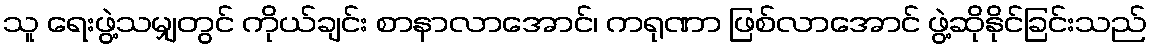
သူ ရေးဖွဲ့သမျှတွင် ကိုယ်ချင်း စာနာလာအောင်၊ ကရုဏာ ဖြစ်လာအောင် ဖွဲ့ဆိုနိုင်ခြင်းသည်